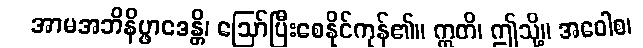
အာမအဘိနိပ္ဖာဒေန္တိ၊ ဩော်ပြီးစေနိုင်ကုန်၏။ ဣတိ၊ ဤသို့။ အဝေါစ၊